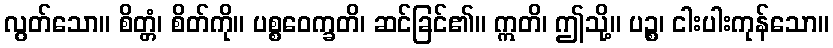
လွတ်သော။ စိတ္တံ၊ စိတ်ကို။ ပစ္စဝေက္ခတိ၊ ဆင်ခြင်၏။ ဣတိ၊ ဤသို့။ ပဉ္စ၊ ငါးပါးကုန်သော။